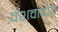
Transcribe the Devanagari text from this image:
वंशवादात